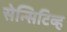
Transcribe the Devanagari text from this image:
सेन्सिटिव्ह